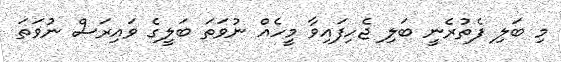
މި ބަލި ފެތުރެނީ ބަލި ޖެހިފައިވާ މީހެއް ނުވަތަ ބަލީގެ ވައިރަސް ނުވަތަ